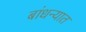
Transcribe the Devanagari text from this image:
बांधन्यात